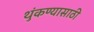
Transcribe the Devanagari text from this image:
थुंकण्यासाठी